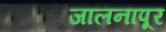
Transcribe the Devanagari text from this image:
जालनापूर